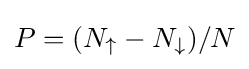
P=(N_{\uparrow }-N_{\downarrow })/N